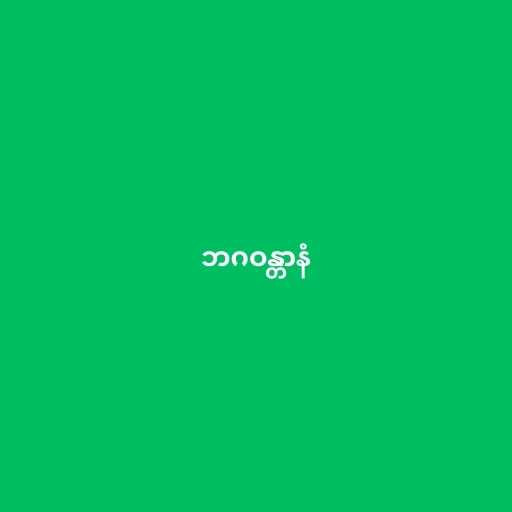
ဘဂဝန္တာနံ